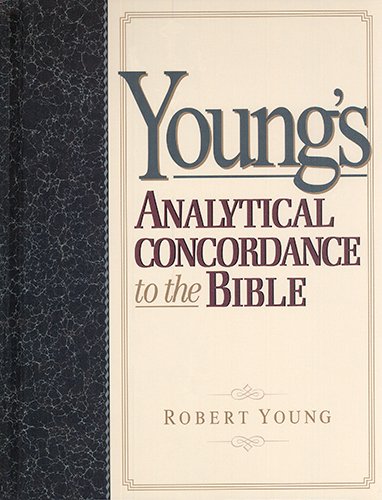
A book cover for Young's Analytical Concordance to the Bible; Robert Young; Christian Books & Bibles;